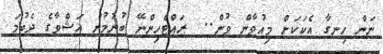
ނަން ހިނގާ އެކަކަށް މިއުވާން ވުން..  ރައްޓެހިންނޭ ބުނުމުން އަޝްވާގެ ދެބުމަ